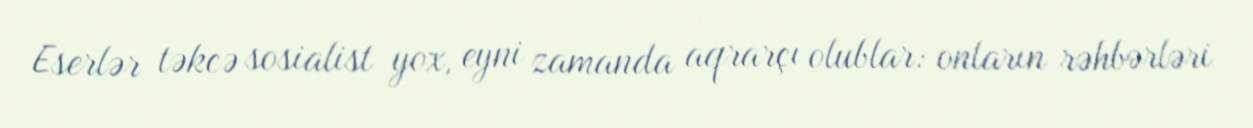
Eserlər təkcə sosialist yox, eyni zamanda aqrarçı olublar: onların rəhbərləri